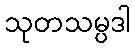
သုတသမ္ပဒါ